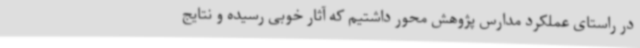
در راستای عملکرد مدارس پژوهش محور داشتیم که آثار خوبی رسیده و نتایج